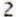
2